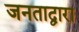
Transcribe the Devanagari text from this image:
जनताद्वारा